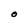
Character: O